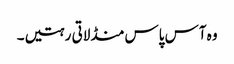
وہ آس پاس منڈلاتی رہتیں۔